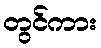
တွင်ကား